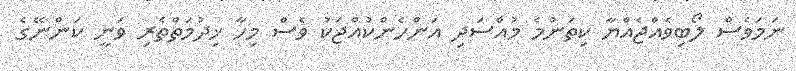
ނަމަވެސް ލޯބިވެއްޖެއްޔާ ކިތަންމެ މުއްސަދި އަންހެންކުއްޖަކު ވެސް މިހާ ޚިދުމަތްތެރި ވަނީ ކަންނޭގެ